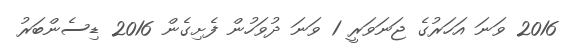
2016 ވަނަ އަހަރުގެ ޖަނަވަރީ 1 ވަނަ ދުވަހުން ފެށިގެން 2016 ޑިސެންބަރު